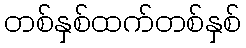
တစ်နှစ်ထက်တစ်နှစ်